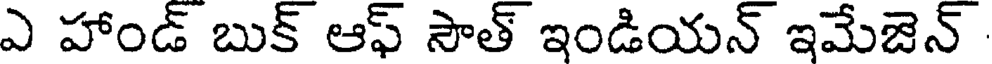
ఎ హాండ్ బుక్ ఆఫ్ సౌత్ ఇండియన్ ఇమేజెన్